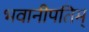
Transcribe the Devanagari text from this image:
भवानीपतिम्